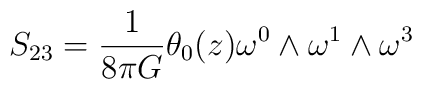
S_{23}= \frac{1}{8{\pi}G} {\theta}_{0}(z) {\omega}^{0} \wedge {\omega}^{1} \wedge {\omega}^{3}